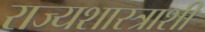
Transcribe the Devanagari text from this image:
राज्यशास्त्राशी